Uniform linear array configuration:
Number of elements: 12
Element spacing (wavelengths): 0.25
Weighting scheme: cosine
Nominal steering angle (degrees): -15
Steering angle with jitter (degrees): -16.401
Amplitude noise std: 0.05
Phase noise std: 0.05

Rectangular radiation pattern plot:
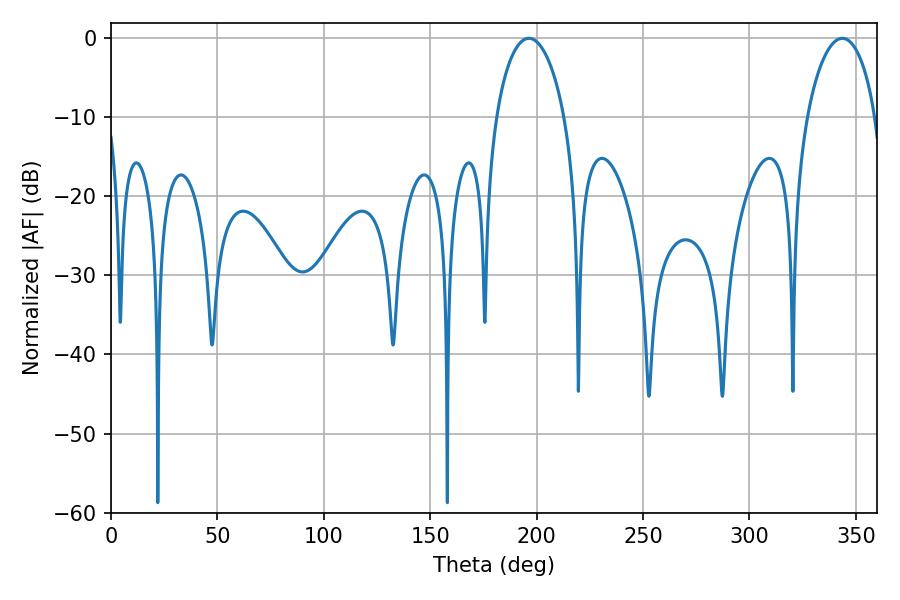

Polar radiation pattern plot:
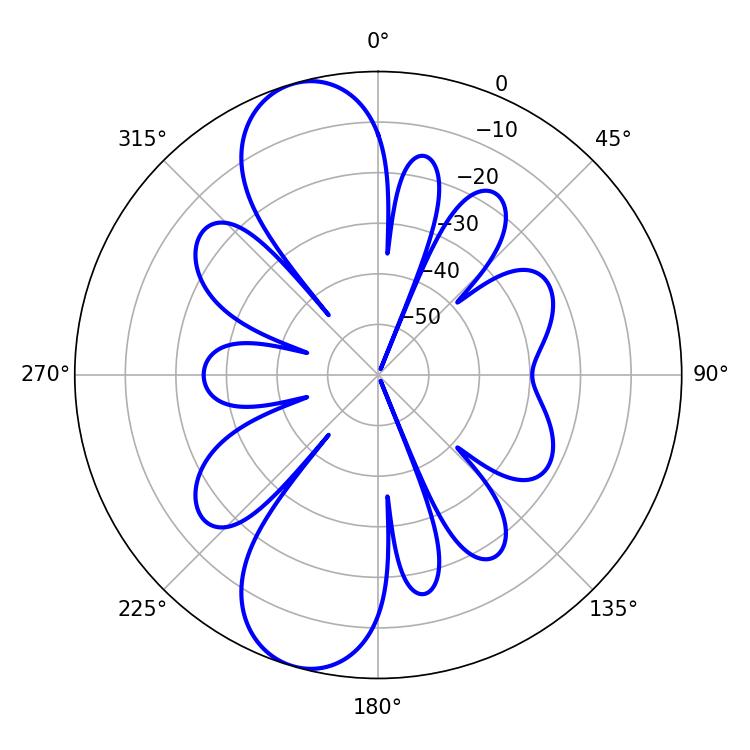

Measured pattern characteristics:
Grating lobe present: FALSE
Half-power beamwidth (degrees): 18.36
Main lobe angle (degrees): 343.62